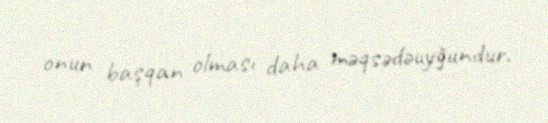
onun başqan olması daha məqsədəuyğundur.